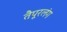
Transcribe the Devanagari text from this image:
तैपूरलंग